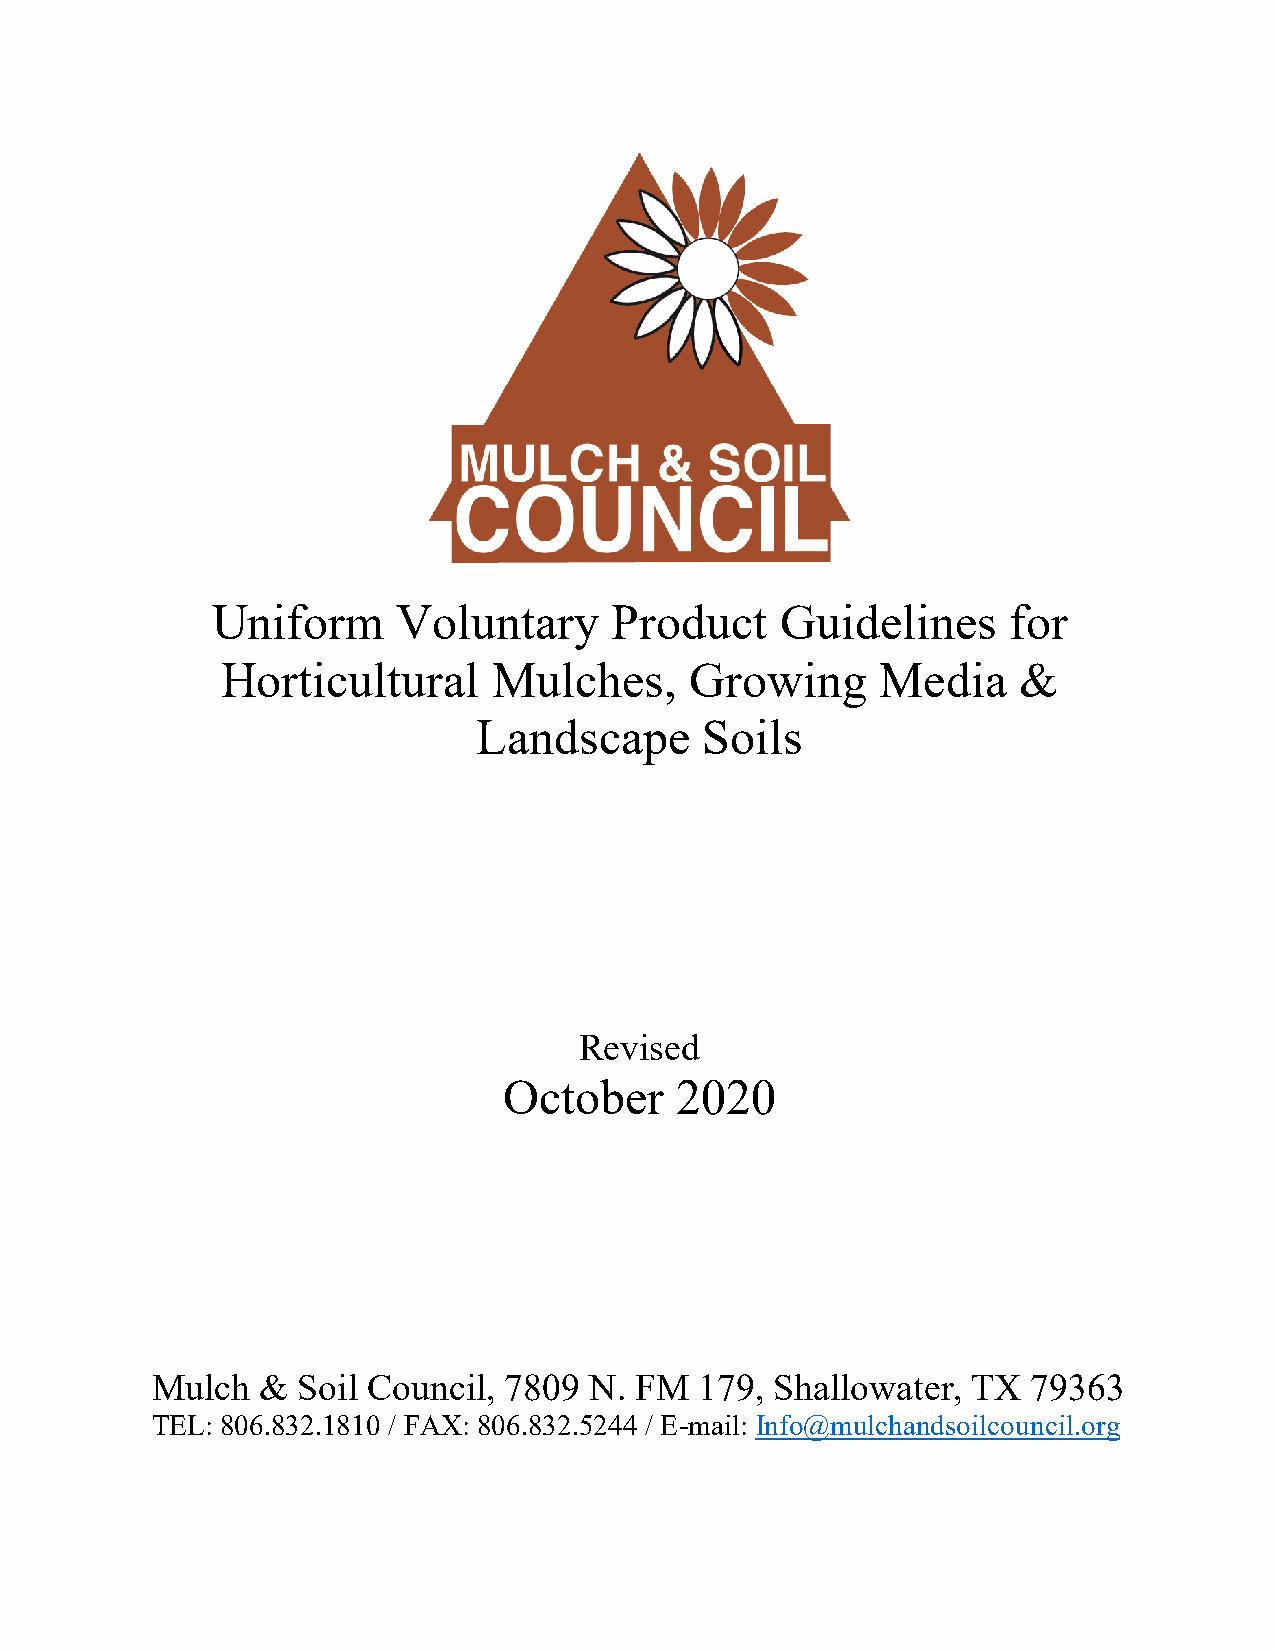
Uniform     Voluntary     Product     Guidelines     for
 Horticultural     Mulches,     Growing     Media    &
 Landscape      Soils
 Revised
 October     2020
 Mulch  &  Soil Council, 7809 N. FM  179, Shallowater, TX  79363
 TEL: 806.832.1810 / FAX: 806.832.5244 / E-mail: Info@mulchandsoilcouncil.org